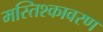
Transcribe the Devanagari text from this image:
मस्तिश्कावरण